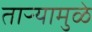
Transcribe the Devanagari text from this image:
ताऱ्यामुळे